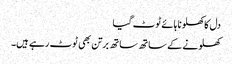
دل کا کھلونا ہائے ٹوٹ گیا
کھلونے کے ساتھ ساتھ برتن بھی ٹوٹ رہے ہیں۔